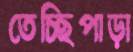
তেচ্ছিপাড়া